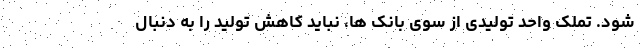
شود. تملک واحد تولیدی از سوی بانک ها، نباید کاهش تولید را به دنبال